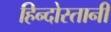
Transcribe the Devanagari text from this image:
हिन्दोस्तानी